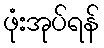
ဖုံးအုပ်ရန်